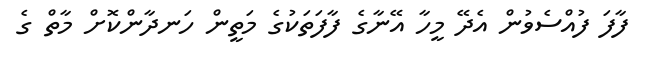
ފާފަ ފުއްސެވުން އެދޭ މީހާ އޭނާގެ ފާފަތަކުގެ މަތީން ހަނދާންކޮށް މާތް ގެ